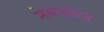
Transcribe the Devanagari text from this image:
नेबेनकेर्न